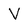
Character: V